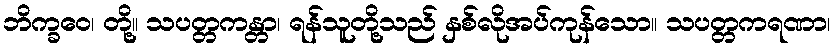
ဘိက္ခဝေ၊ တို့။ သပတ္တကန္တာ၊ ရန်သူတို့သည် နှစ်လိုအပ်ကုန်သော။ သပတ္တကရဏာ၊